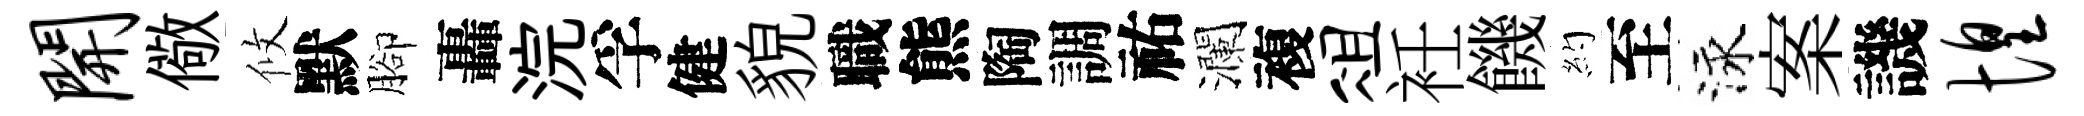
开儆攸默腳轟浣孚健貌職熊陶調祐瀾複俎衽饑約至泳案譏惶